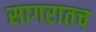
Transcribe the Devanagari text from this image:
सागरातच